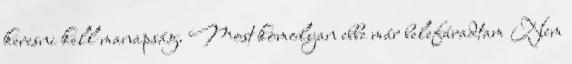
keresni kell manapság. Most komolyan ebbe már belefáradtam Nem